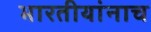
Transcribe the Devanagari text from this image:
भारतीयांनाच